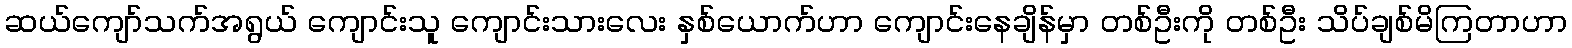
ဆယ်ကျော်သက်အရွယ် ကျောင်းသူ ကျောင်းသားလေး နှစ်ယောက်ဟာ ကျောင်းနေချိန်မှာ တစ်ဦးကို တစ်ဦး သိပ်ချစ်မိကြတာဟာ